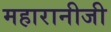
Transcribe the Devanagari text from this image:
महारानीजी